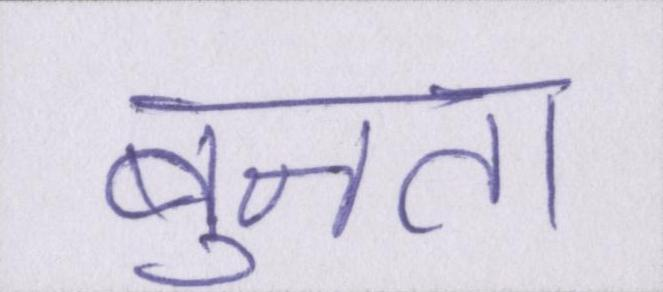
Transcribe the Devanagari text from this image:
बुनता